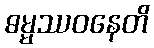
ဓမ္မဿဝနေတိ